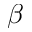
\beta